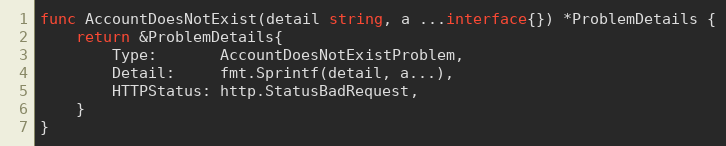
Language: Go
func AccountDoesNotExist(detail string, a ...interface{}) *ProblemDetails {
	return &ProblemDetails{
		Type:       AccountDoesNotExistProblem,
		Detail:     fmt.Sprintf(detail, a...),
		HTTPStatus: http.StatusBadRequest,
	}
}